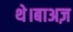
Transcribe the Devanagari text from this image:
थे।बाअज़